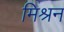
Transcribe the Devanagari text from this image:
मिश्रन